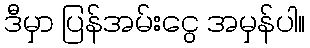
ဒီမှာ ပြန်အမ်းငွေ အမှန်ပါ။